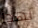
نهدأ